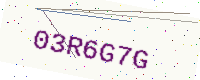
Text: 03R6G7G